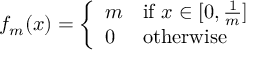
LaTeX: f _ { m } ( x ) = { \left\{ \begin{array} { l l } { m } & { { \mathrm { i f ~ } } x \in [ 0 , { \frac { 1 } { m } } ] } \\ { 0 } & { { \mathrm { o t h e r w i s e } } } \end{array} \right. }